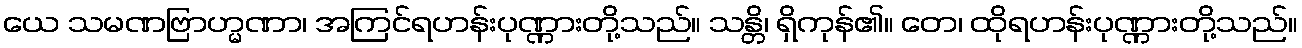
ယေ သမဏဗြာဟ္မဏာ၊ အကြင်ရဟန်းပုဏ္ဏားတို့သည်။ သန္တိ၊ ရှိကုန်၏။ တေ၊ ထိုရဟန်းပုဏ္ဏားတို့သည်။